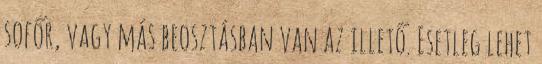
sofőr, vagy más beosztásban van az illető. Esetleg lehet